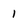
Character: 1